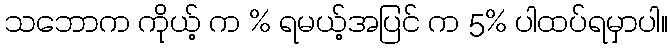
သဘောက ကိုယ့် က % ရမယ့်အပြင် က 5% ပါထပ်ရမှာပါ။